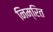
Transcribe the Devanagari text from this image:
निम्रित